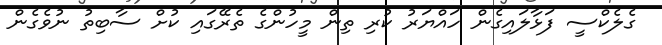
ގެލެކްސީ ފަޅާލައިގެން ހައްޔަރު ކުރި ތިން މީހުންގެ ތެރޭގައި ކުށް ސާބިތު ނުވެގެން